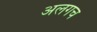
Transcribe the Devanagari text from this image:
अलगच